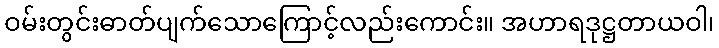
ဝမ်းတွင်းဓာတ်ပျက်သောကြောင့်လည်းကောင်း။ အဟာရဒုဋ္ဌတာယဝါ၊